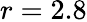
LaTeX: r=2.8